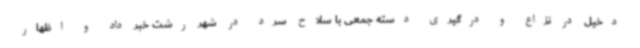
دخیل در نزاع و درگیری دسته جمعی با سلاح سرد در شهر رشت خبر داد و اظهار